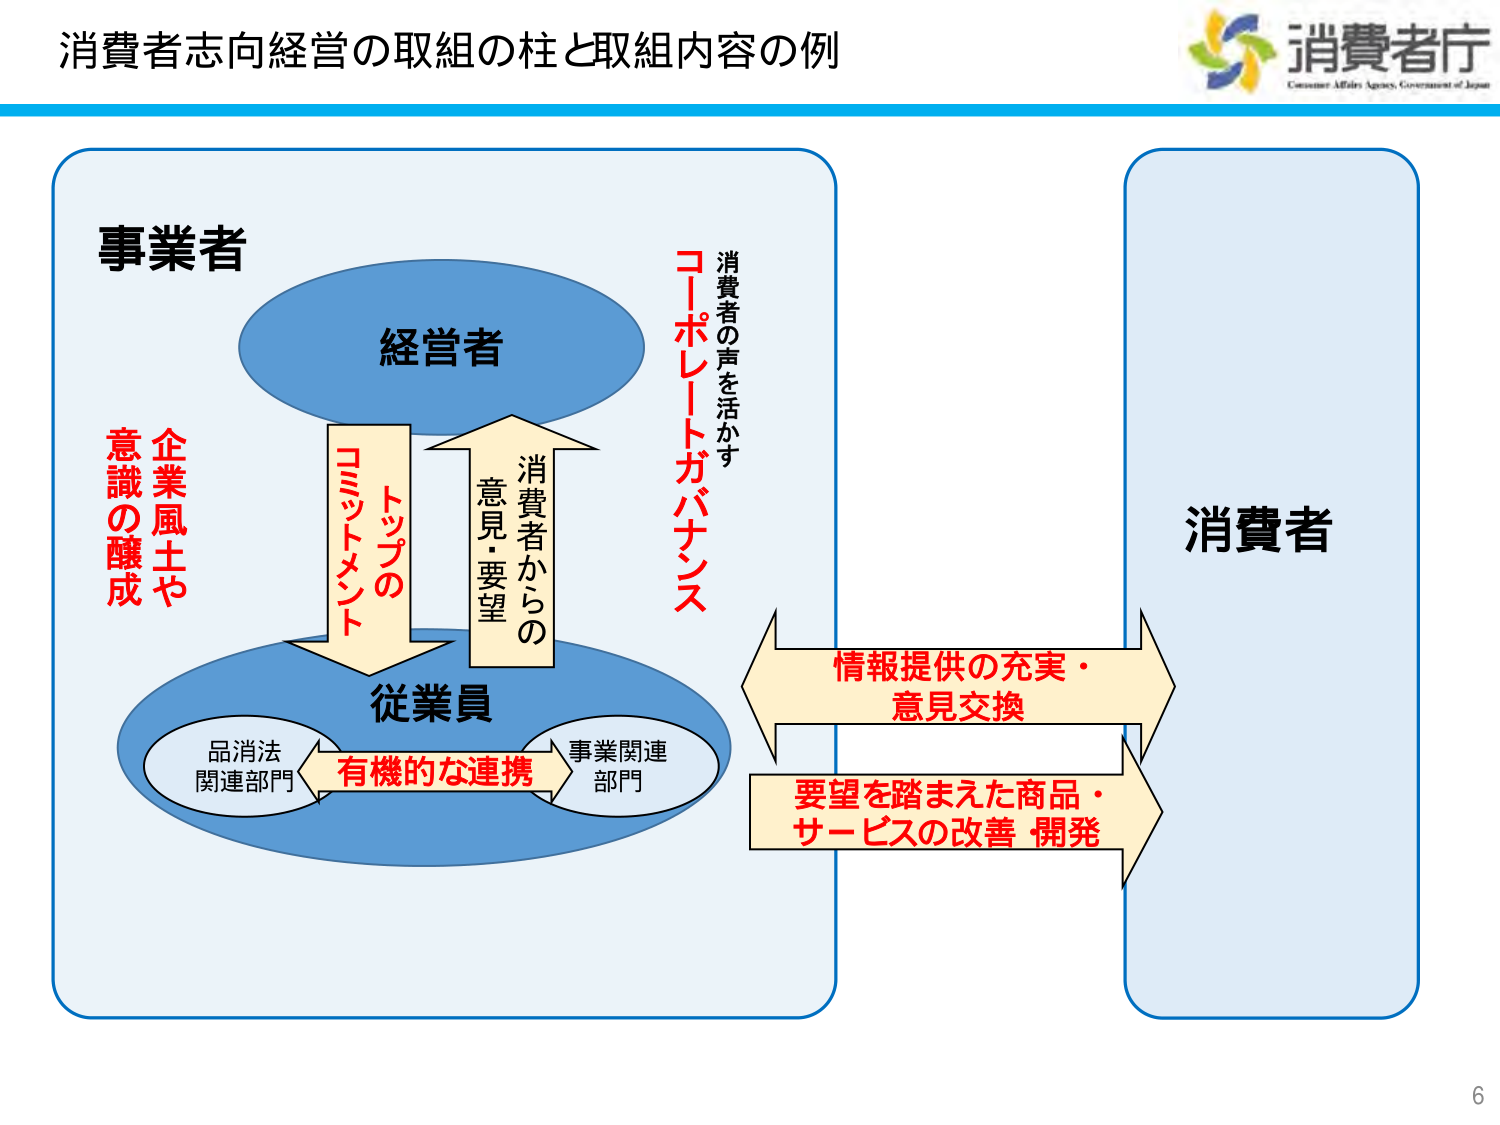
消費者志向経営の取組の柱と取組内容の例

消費者庁
Consumer Affairs Agency, Government of Japan

事業者

経営者

トップの
コミットメント

消費者からの
意見・要望

企業風土や
意識の醸成

消費者の声を活かす
コーポレートガバナンス

従業員

品消法
関連部門

有機的な連携

事業関連
部門

情報提供の充実・
意見交換

要望を踏まえた商品・
サービスの改善 開発

消費者

6